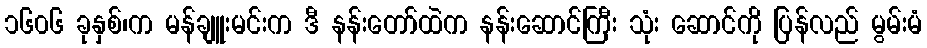
၁၆၀၆ ခုနှစ်၊က မန်ချူးမင်းက ဒီ နန်းတော်ထဲက နန်းဆောင်ကြီး သုံး ဆောင်ကို ပြန်လည် မွမ်းမံ